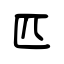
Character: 匹